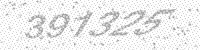
Solution: 391325